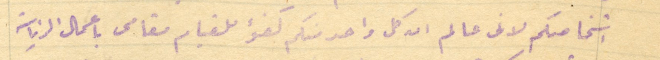
اشخاصكم لانى عالم ان كل واحد منكم كفؤ للقيام مقامى باعمال الرياسة